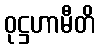
ဝုဋ္ဌဟာမီတိ